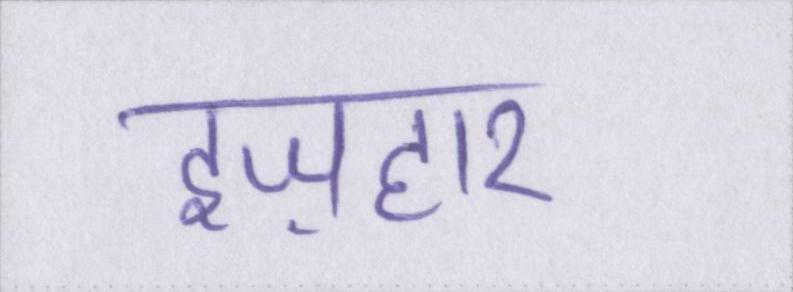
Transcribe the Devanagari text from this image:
इज़हार